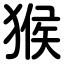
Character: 猴